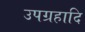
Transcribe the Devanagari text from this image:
उपग्रहादि